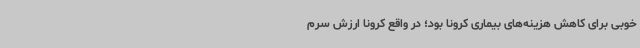
خوبی برای کاهش هزینه‌های بیماری کرونا بود؛ در واقع کرونا ارزش سرم